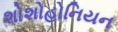
શોશોહોનિયન